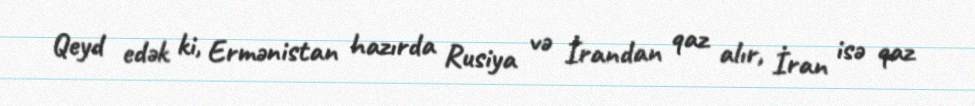
Qeyd edək ki, Ermənistan hazırda Rusiya və İrandan qaz alır, İran isə qaz